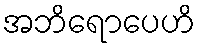
အဘိရောပေဟိ